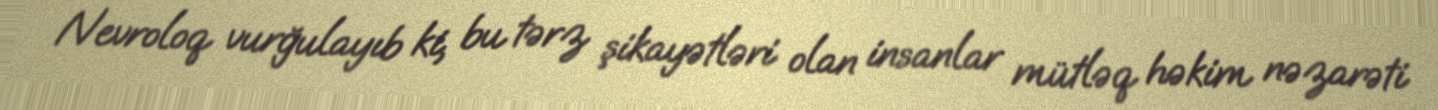
Nevroloq vurğulayıb ki, bu tərz şikayətləri olan insanlar mütləq həkim nəzarəti